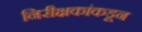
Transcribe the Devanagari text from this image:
निरीक्षकांकडून